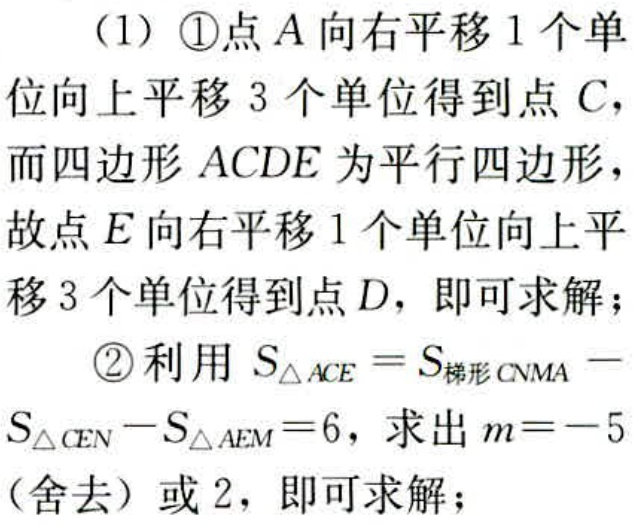
(1) \textcircled{1}点\(A\)向右平移\(1\)个单位向上平移\(3\)个单位得到点\(C\)，而四边形\(ACDE\)为平行四边形，故点\(E\)向右平移\(1\)个单位向上平移\(3\)个单位得到点\(D\)，即可求解；
\textcircled{2}利用\(S_{\triangle ACE}=S_{梯形CNMA}-S_{\triangle CEN}-S_{\triangle AEM}=6\)，求出\(m = - 5\)（舍去）或\(2\)，即可求解；